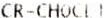
CR-CHOCL I